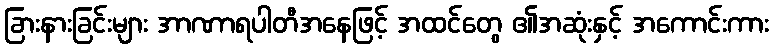
ခြားနားခြင်းများ အာဏာရပါတီအနေဖြင့် အထင်တွေ ၏အဆုံးနှင့် အကောင်းကား